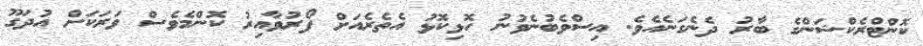
ކޮންޓްރެކްޝަންގެ ބާރު ދެނެގަނެއެވެ. އިސްވެބުނެވުނު ހޮޅިކޮޅު އެތެރެއަށް ފޯރުވާއިރު ކޮންމެވެސް ވަރަކަށް އުދަގޫ